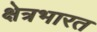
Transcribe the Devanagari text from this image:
क्षेत्रभारत